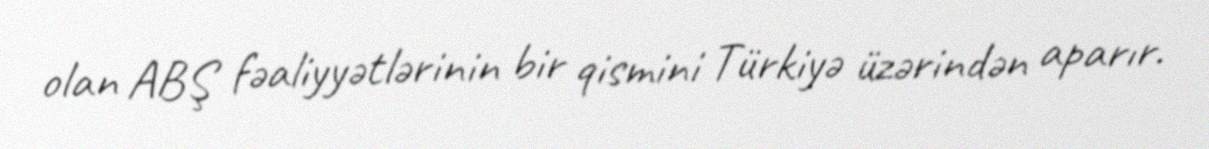
olan ABŞ fəaliyyətlərinin bir qismini Türkiyə üzərindən aparır.